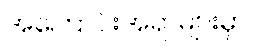
အကြောင်းအရာများမှာ